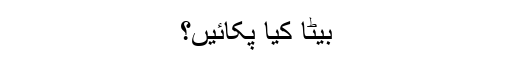
بیٹا کیا پکائیں؟